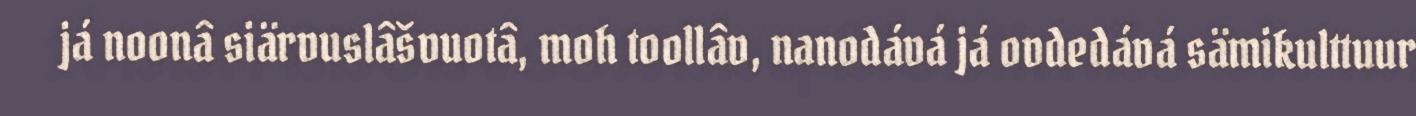
já noonâ siärvuslâšvuotâ, moh toollâv, nanodává já ovdedává sämikulttuur